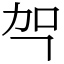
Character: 㔖